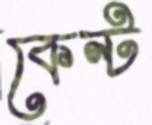
কেন্ট